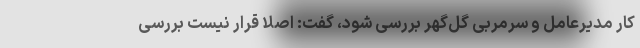
کار مدیرعامل و سرمربی گل‌گهر بررسی شود، گفت: اصلا قرار نیست بررسی